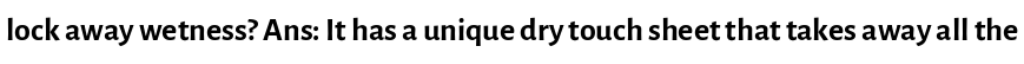
lock away wetness? Ans: It has a unique dry touch sheet that takes away all the